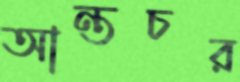
আন্তচর